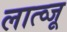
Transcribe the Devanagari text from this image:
लात्व्जू